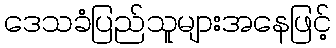
ဒေသခံပြည်သူများအနေဖြင့်